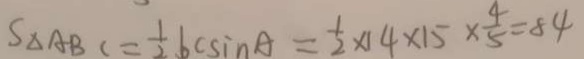
S _ { \Delta A B C } = \frac { 1 } { 2 } b c \sin A = \frac { 1 } { 2 } \times 1 4 \times 1 5 \times \frac { 4 } { 5 } = 8 4